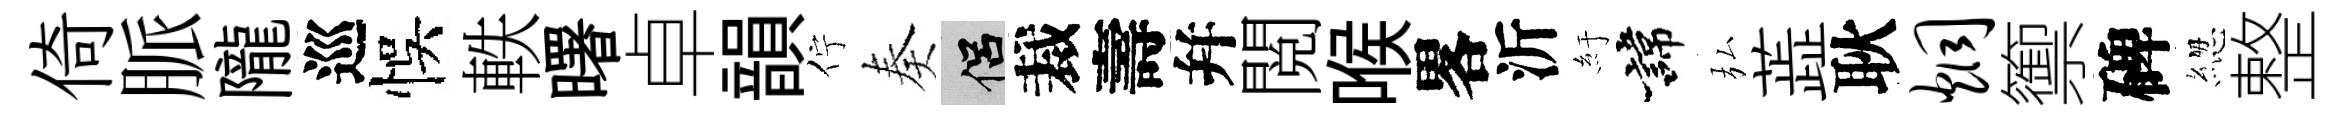
倚脈隴巡悞軼曙卓韻佇奏侣裁壽幷閲喉畧沂紆諱弘蕋耿炯籞碑緫整